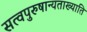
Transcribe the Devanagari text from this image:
सत्वपुरुषान्यताख्याति